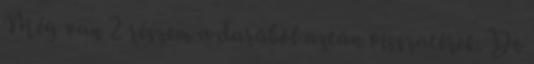
Még van 2 részem a darából aztán visszatérek. De